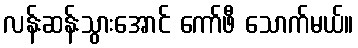
လန်းဆန်းသွားအောင် ကော်ဖီ သောက်မယ်။